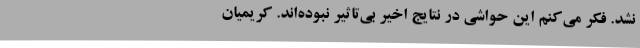
نشد. فکر می‌کنم این حواشی در نتایج اخیر بی‌تاثیر نبوده‌اند. کریمیان